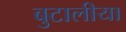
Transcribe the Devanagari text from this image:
बुटालीया